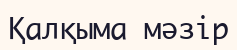
Қалқыма мәзір